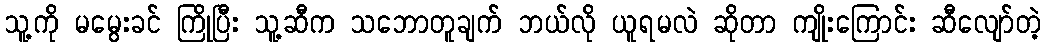
သူ့ကို မမွေးခင် ကြိုပြီး သူ့ဆီက သဘောတူချက် ဘယ်လို ယူရမလဲ ဆိုတာ ကျိုးကြောင်း ဆီလျော်တဲ့